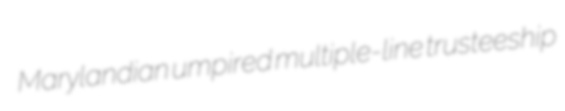
Marylandian umpired multiple-line trusteeship